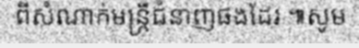
ពីសំណាក់មន្ត្រីជំនាញផងដែរ ៕សូម